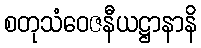
စတုသံဝေဇနီယဋ္ဌာနာနိ